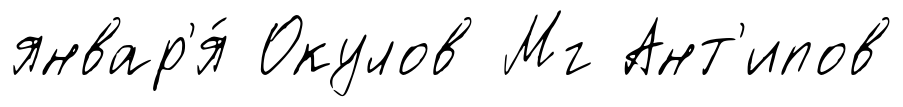
январ'я́ Окулов Мг Ант'ипов